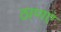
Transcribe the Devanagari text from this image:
ठाणएं